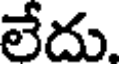
లేదు.